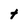
Character: t